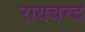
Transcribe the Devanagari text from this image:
रायचन्द